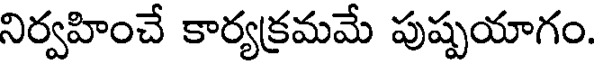
నిర్వహించే కార్యక్రమమే పుష్పయాగం.